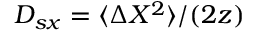
D _ { s x } = \langle \Delta X ^ { 2 } \rangle / ( 2 z )